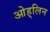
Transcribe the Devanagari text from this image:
ओह्‌लिन